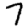
Digit: 7